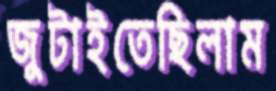
জুটাইতেছিলাম